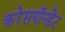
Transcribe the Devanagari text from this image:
करेसपॉन्डेंट